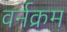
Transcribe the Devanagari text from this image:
वर्नक्रम